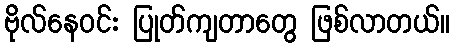
ဗိုလ်နေဝင်း ပြုတ်ကျတာတွေ ဖြစ်လာတယ်။